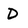
Character: D